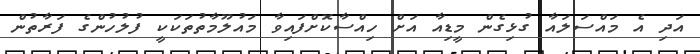
އަދި އެ މައްސަލައާ ގުޅިގެން މީޑިއާ އަށް ހިއްސާކޮށްފައިވާ މައުލޫމާތުތަކަކީ ފުލުހުންގެ ފަރާތުން